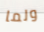
ولما